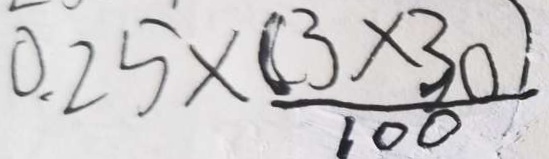
0 . 2 5 \times \frac { ( 3 \times 3 0 ) } { 1 0 0 }